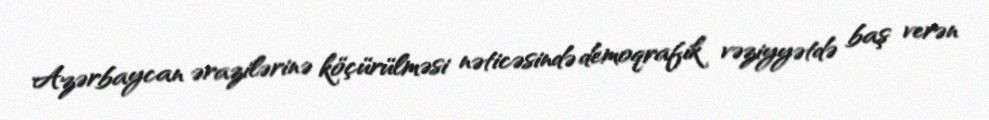
Azərbaycan ərazilərinə köçürülməsi nəticəsində demoqrafik vəziyyətdə baş verən